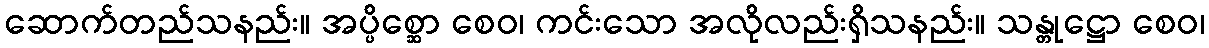
ဆောက်တည်သနည်း။ အပ္ပိစ္ဆော စေဝ၊ ကင်းသော အလိုလည်းရှိသနည်း။ သန္တုဋ္ဌော စေဝ၊